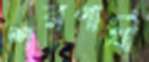
শরণার্থী